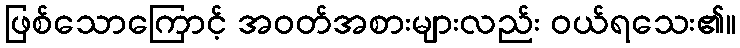
ဖြစ်သောကြောင့် အဝတ်အစားများလည်း ဝယ်ရသေး၏။